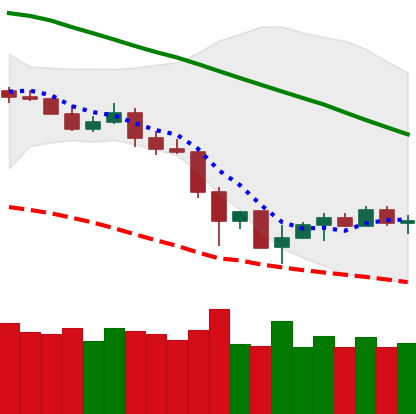
Ticker: LTC-USD
Chart end date: 2019-12-01
Forward return: -4.278%
Label: down_3_5